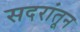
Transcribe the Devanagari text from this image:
सदरांतून